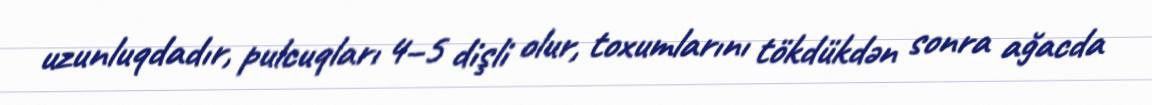
uzunluqdadır, pulcuqları 4–5 dişli olur, toxumlarını tökdükdən sonra ağacda